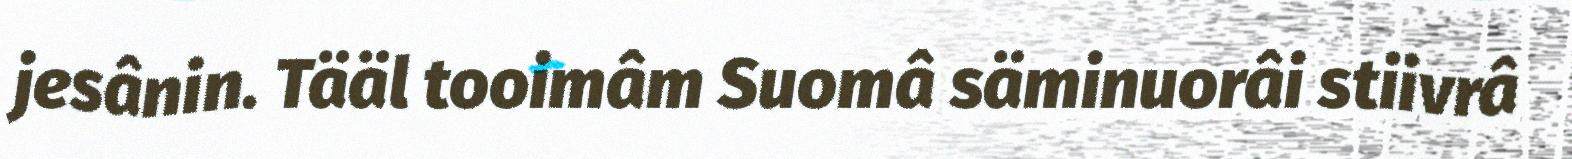
jesânin. Tääl tooimâm Suomâ säminuorâi stiivrâ